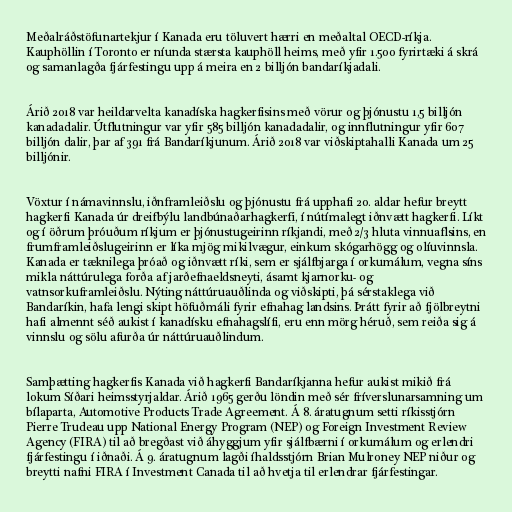
Meðalráðstöfunartekjur í Kanada eru töluvert hærri en meðaltal OECD-ríkja.
Kauphöllin í Toronto er níunda stærsta kauphöll heims, með yfir 1.500 fyrirtæki á skrá
og samanlagða fjárfestingu upp á meira en 2 billjón bandaríkjadali.

Árið 2018 var heildarvelta kanadíska hagkerfisins með vörur og þjónustu 1,5 billjón
kanadadalir. Útflutningur var yfir 585 billjón kanadadalir, og innflutningur yfir 607
billjón dalir, þar af 391 frá Bandaríkjunum. Árið 2018 var viðskiptahalli Kanada um 25
billjónir.

Vöxtur í námavinnslu, iðnframleiðslu og þjónustu frá upphafi 20. aldar hefur breytt
hagkerfi Kanada úr dreifbýlu landbúnaðarhagkerfi, í nútímalegt iðnvætt hagkerfi. Líkt
og í öðrum þróuðum ríkjum er þjónustugeirinn ríkjandi, með 2/3 hluta vinnuaflsins, en
frumframleiðslugeirinn er líka mjög mikilvægur, einkum skógarhögg og olíuvinnsla.
Kanada er tæknilega þróað og iðnvætt ríki, sem er sjálfbjarga í orkumálum, vegna síns
mikla náttúrulega forða af jarðefnaeldsneyti, ásamt kjarnorku- og
vatnsorkuframleiðslu. Nýting náttúruauðlinda og viðskipti, þá sérstaklega við
Bandaríkin, hafa lengi skipt höfuðmáli fyrir efnahag landsins. Þrátt fyrir að fjölbreytni
hafi almennt séð aukist í kanadísku efnahagslífi, eru enn mörg héruð, sem reiða sig á
vinnslu og sölu afurða úr náttúruauðlindum.

Samþætting hagkerfis Kanada við hagkerfi Bandaríkjanna hefur aukist mikið frá
lokum Síðari heimsstyrjaldar. Árið 1965 gerðu löndin með sér fríverslunarsamning um
bílaparta, Automotive Products Trade Agreement. Á 8. áratugnum setti ríkisstjórn
Pierre Trudeau upp National Energy Program (NEP) og Foreign Investment Review
Agency (FIRA) til að bregðast við áhyggjum yfir sjálfbærni í orkumálum og erlendri
fjárfestingu í iðnaði. Á 9. áratugnum lagði íhaldsstjórn Brian Mulroney NEP niður og
breytti nafni FIRA í Investment Canada til að hvetja til erlendrar fjárfestingar.